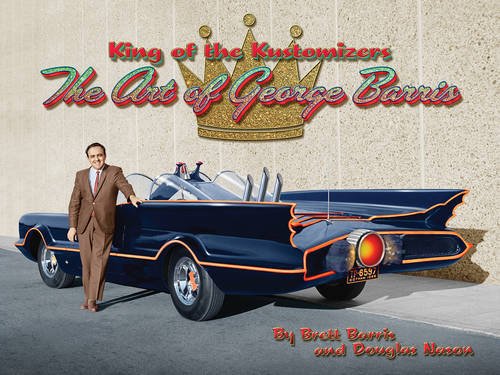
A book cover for King of the Kustomizers: The Art of George Barris; Brett Barris; Engineering & Transportation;